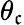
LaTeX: \theta_{\mathfrak{c}}